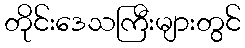
တိုင်းဒေသကြီးများတွင်